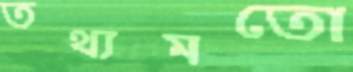
তথ্যমতো